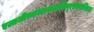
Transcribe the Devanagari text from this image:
एलाजीरकधान्याकनिम्बूरससमन्वितम्।